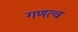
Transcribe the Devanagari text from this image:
गणत्व